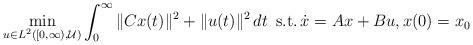
LaTeX: \begin{align*}\min_{u\in L^2([0,\infty),\mathcal{U})}\int_0^\infty \|Cx(t)\|^2 + \|u(t)\|^2\,dt\,\,\,\mathrm{s.t.}\, \dot x=Ax+Bu,x(0) = x_0\end{align*}